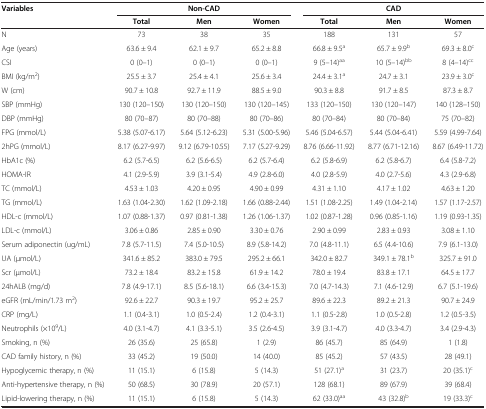
<table><thead><tr><td rowspan="2"><b>Variables</b></td><td colspan="3"><b>Non-CAD</b></td><td colspan="3"><b>CAD</b></td></tr><tr><td><b>Total</b></td><td><b>Men</b></td><td><b>Women</b></td><td><b>Total</b></td><td><b>Men</b></td><td><b>Women</b></td></tr></thead><tbody><tr><td>N</td><td>73</td><td>38</td><td>35</td><td>188</td><td>131</td><td>57</td></tr><tr><td>Age (years)</td><td>63.6 ± 9.4</td><td>62.1 ± 9.7</td><td>65.2 ± 8.8</td><td>66.8 ± 9.5<sup>a</sup></td><td>65.7 ± 9.9<sup>b</sup></td><td>69.3 ± 8.0<sup>c</sup></td></tr><tr><td>CSI</td><td>0 (0–1)</td><td>0 (0–1)</td><td>0 (0–1)</td><td>9 (5–14)<sup>aa</sup></td><td>10 (5–14)<sup>bb</sup></td><td>8 (4–14)<sup>cc</sup></td></tr><tr><td>BMI (kg/m<sup>2</sup>)</td><td>25.5 ± 3.7</td><td>25.4 ± 4.1</td><td>25.6 ± 3.4</td><td>24.4 ± 3.1<sup>a</sup></td><td>24.7 ± 3.1</td><td>23.9 ± 3.0<sup>c</sup></td></tr><tr><td>W (cm)</td><td>90.7 ± 10.8</td><td>92.7 ± 11.9</td><td>88.5 ± 9.0</td><td>90.3 ± 8.8</td><td>91.7 ± 8.5</td><td>87.3 ± 8.7</td></tr><tr><td>SBP (mmHg)</td><td>130 (120–150)</td><td>130 (120–150)</td><td>130 (120–145)</td><td>133 (120–150)</td><td>130 (120–147)</td><td>140 (128–150)</td></tr><tr><td>DBP (mmHg)</td><td>80 (70–87)</td><td>80 (70–88)</td><td>80 (70–86)</td><td>80 (70–84)</td><td>80 (70–84)</td><td>75 (70–82)</td></tr><tr><td>FPG (mmol/L)</td><td>5.38 (5.07-6.17)</td><td>5.64 (5.12-6.23)</td><td>5.31 (5.00-5.96)</td><td>5.46 (5.04-6.57)</td><td>5.44 (5.04-6.41)</td><td>5.59 (4.99-7.64)</td></tr><tr><td>2hPG (mmol/L)</td><td>8.17 (6.27-9.97)</td><td>9.12 (6.79-10.55)</td><td>7.17 (5.27-9.29)</td><td>8.76 (6.66-11.92)</td><td>8.77 (6.71-12.16)</td><td>8.67 (6.49-11.72)</td></tr><tr><td>HbA1c (%)</td><td>6.2 (5.7-6.5)</td><td>6.2 (5.6-6.5)</td><td>6.2 (5.7-6.4)</td><td>6.2 (5.8-6.9)</td><td>6.2 (5.8-6.7)</td><td>6.4 (5.8-7.2)</td></tr><tr><td>HOMA-IR</td><td>4.1 (2.9-5.9)</td><td>3.9 (3.1-5.4)</td><td>4.9 (2.8-6.0)</td><td>4.0 (2.8-5.9)</td><td>4.0 (2.7-5.6)</td><td>4.3 (2.9-6.8)</td></tr><tr><td>TC (mmol/L)</td><td>4.53 ± 1.03</td><td>4.20 ± 0.95</td><td>4.90 ± 0.99</td><td>4.31 ± 1.10</td><td>4.17 ± 1.02</td><td>4.63 ± 1.20</td></tr><tr><td>TG (mmol/L)</td><td>1.63 (1.04-2.30)</td><td>1.62 (1.09-2.18)</td><td>1.66 (0.88-2.44)</td><td>1.51 (1.08-2.25)</td><td>1.49 (1.04-2.14)</td><td>1.57 (1.17-2.57)</td></tr><tr><td>HDL-c (mmol/L)</td><td>1.07 (0.88-1.37)</td><td>0.97 (0.81-1.38)</td><td>1.26 (1.06-1.37)</td><td>1.02 (0.87-1.28)</td><td>0.96 (0.85-1.16)</td><td>1.19 (0.93-1.35)</td></tr><tr><td>LDL-c (mmol/L)</td><td>3.06 ± 0.86</td><td>2.85 ± 0.90</td><td>3.30 ± 0.76</td><td>2.90 ± 0.99</td><td>2.83 ± 0.93</td><td>3.08 ± 1.10</td></tr><tr><td>Serum adiponectin (ug/mL)</td><td>7.8 (5.7-11.5)</td><td>7.4 (5.0-10.5)</td><td>8.9 (5.8-14.2)</td><td>7.0 (4.8-11.1)</td><td>6.5 (4.4-10.6)</td><td>7.9 (6.1-13.0)</td></tr><tr><td>UA (μmol/L)</td><td>341.6 ± 85.2</td><td>383.0 ± 79.5</td><td>295.2 ± 66.1</td><td>342.0 ± 82.7</td><td>349.1 ± 78.1<sup>b</sup></td><td>325.7 ± 91.0</td></tr><tr><td>Scr (μmol/L)</td><td>73.2 ± 18.4</td><td>83.2 ± 15.8</td><td>61.9 ± 14.2</td><td>78.0 ± 19.4</td><td>83.8 ± 17.1</td><td>64.5 ± 17.7</td></tr><tr><td>24hALB (mg/d)</td><td>7.8 (4.9-17.1)</td><td>8.5 (5.6-18.1)</td><td>6.6 (3.4-15.3)</td><td>7.0 (4.7-14.3)</td><td>7.1 (4.6-12.9)</td><td>6.7 (5.1-19.6)</td></tr><tr><td>eGFR (mL/min/1.73 m<sup>2</sup>)</td><td>92.6 ± 22.7</td><td>90.3 ± 19.7</td><td>95.2 ± 25.7</td><td>89.6 ± 22.3</td><td>89.2 ± 21.3</td><td>90.7 ± 24.9</td></tr><tr><td>CRP (mg/L)</td><td>1.1 (0.4-3.1)</td><td>1.0 (0.5-2.4)</td><td>1.2 (0.4-3.1)</td><td>1.1 (0.5-2.8)</td><td>1.0 (0.5-2.8)</td><td>1.2 (0.5-3.5)</td></tr><tr><td>Neutrophils (×10<sup>9</sup>/L)</td><td>4.0 (3.1-4.7)</td><td>4.1 (3.3-5.1)</td><td>3.5 (2.6-4.5)</td><td>3.9 (3.1-4.7)</td><td>4.0 (3.3-4.7)</td><td>3.4 (2.9-4.3)</td></tr><tr><td>Smoking, n (%)</td><td>26 (35.6)</td><td>25 (65.8)</td><td>1 (2.9)</td><td>86 (45.7)</td><td>85 (64.9)</td><td>1 (1.8)</td></tr><tr><td>CAD family history, n (%)</td><td>33 (45.2)</td><td>19 (50.0)</td><td>14 (40.0)</td><td>85 (45.2)</td><td>57 (43.5)</td><td>28 (49.1)</td></tr><tr><td>Hypoglycemic therapy, n (%)</td><td>11 (15.1)</td><td>6 (15.8)</td><td>5 (14.3)</td><td>51 (27.1)<sup>a</sup></td><td>31 (23.7)</td><td>20 (35.1)<sup>c</sup></td></tr><tr><td>Anti-hypertensive therapy, n (%)</td><td>50 (68.5)</td><td>30 (78.9)</td><td>20 (57.1)</td><td>128 (68.1)</td><td>89 (67.9)</td><td>39 (68.4)</td></tr><tr><td>Lipid-lowering therapy, n (%)</td><td>11 (15.1)</td><td>6 (15.8)</td><td>5 (14.3)</td><td>62 (33.0)<sup>aa</sup></td><td>43 (32.8)<sup>b</sup></td><td>19 (33.3)<sup>c</sup></td></tr></tbody></table>